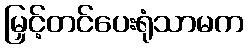
မြှင့်တင်ပေးရုံသာမက